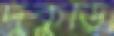
দুকুড়ি